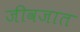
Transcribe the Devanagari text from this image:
जीवजात